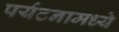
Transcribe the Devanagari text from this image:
पर्यटनामध्ये